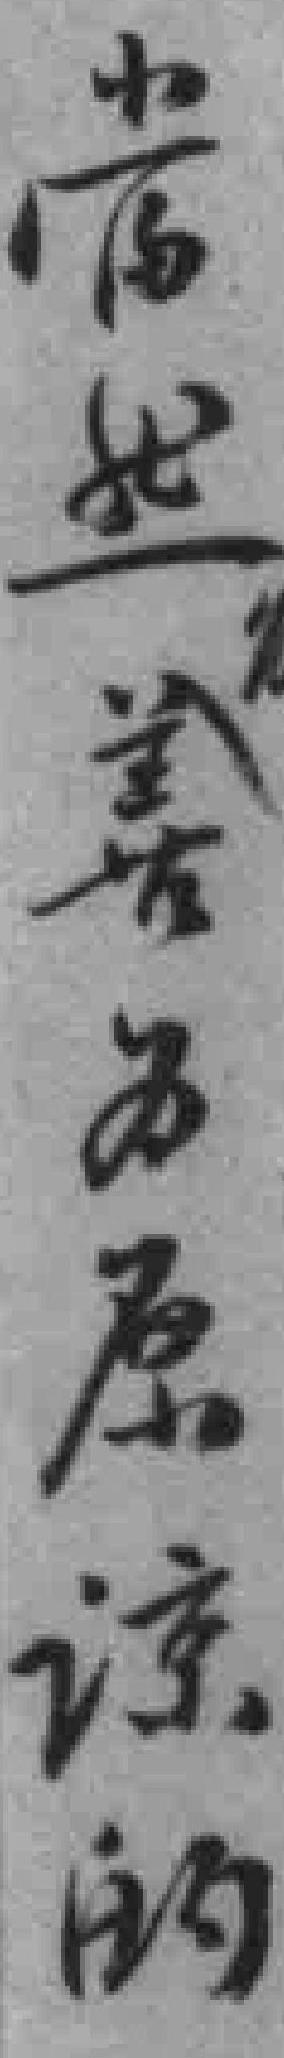
當然善为原谅的